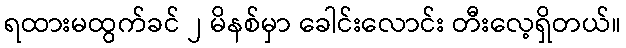
ရထားမထွက်ခင် ၂ မိနစ်မှာ ခေါင်းလောင်း တီးလေ့ရှိတယ်။